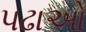
પઢાઓ